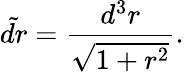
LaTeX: \tilde{dr}={\frac{d^{3}r}{\sqrt{1+r^{2}}}}.